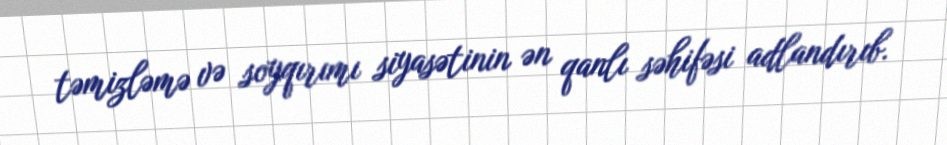
təmizləmə və soyqırımı siyasətinin ən qanlı səhifəsi adlandırıb.